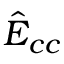
\hat { E } _ { c c }